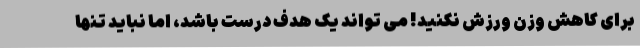
برای کاهش وزن ورزش نکنید! می تواند یک هدف درست باشد، اما نباید تنها